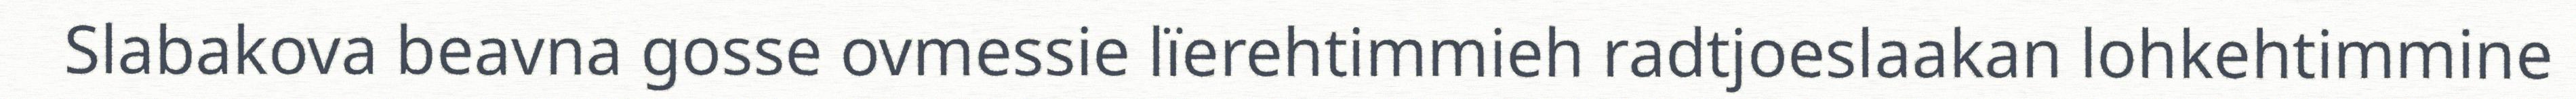
Slabakova beavna gosse ovmessie lïerehtimmieh radtjoeslaakan lohkehtimmine